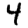
Digit: 4